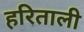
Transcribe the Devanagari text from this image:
हरिताली